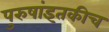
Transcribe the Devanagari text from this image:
पुरुषांइतकीच